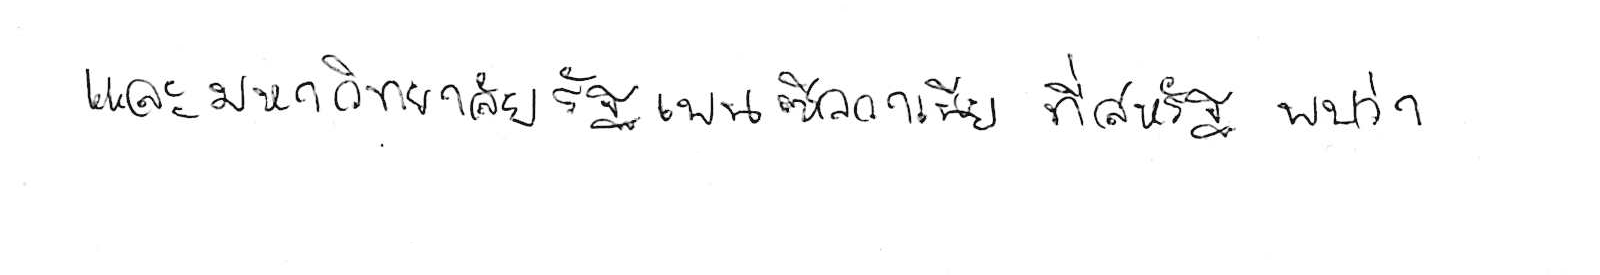
และมหาวิทยาลัยรัฐเพนซิลวาเนีย ที่สหรัฐ พบว่า